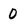
Character: O